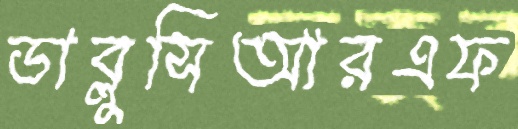
ডাব্লুসিআরএফ